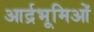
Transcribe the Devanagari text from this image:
आर्द्रभूमिओं